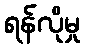
ရန်လိုမှု